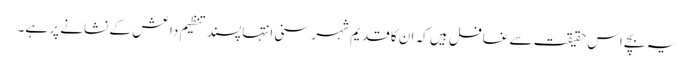
یہ بچے اس حقیقت سے غافل ہیں کہ ان کا قدیم شہر سنی انتہا پسند تنظیم داعش کے نشانے پر ہے۔